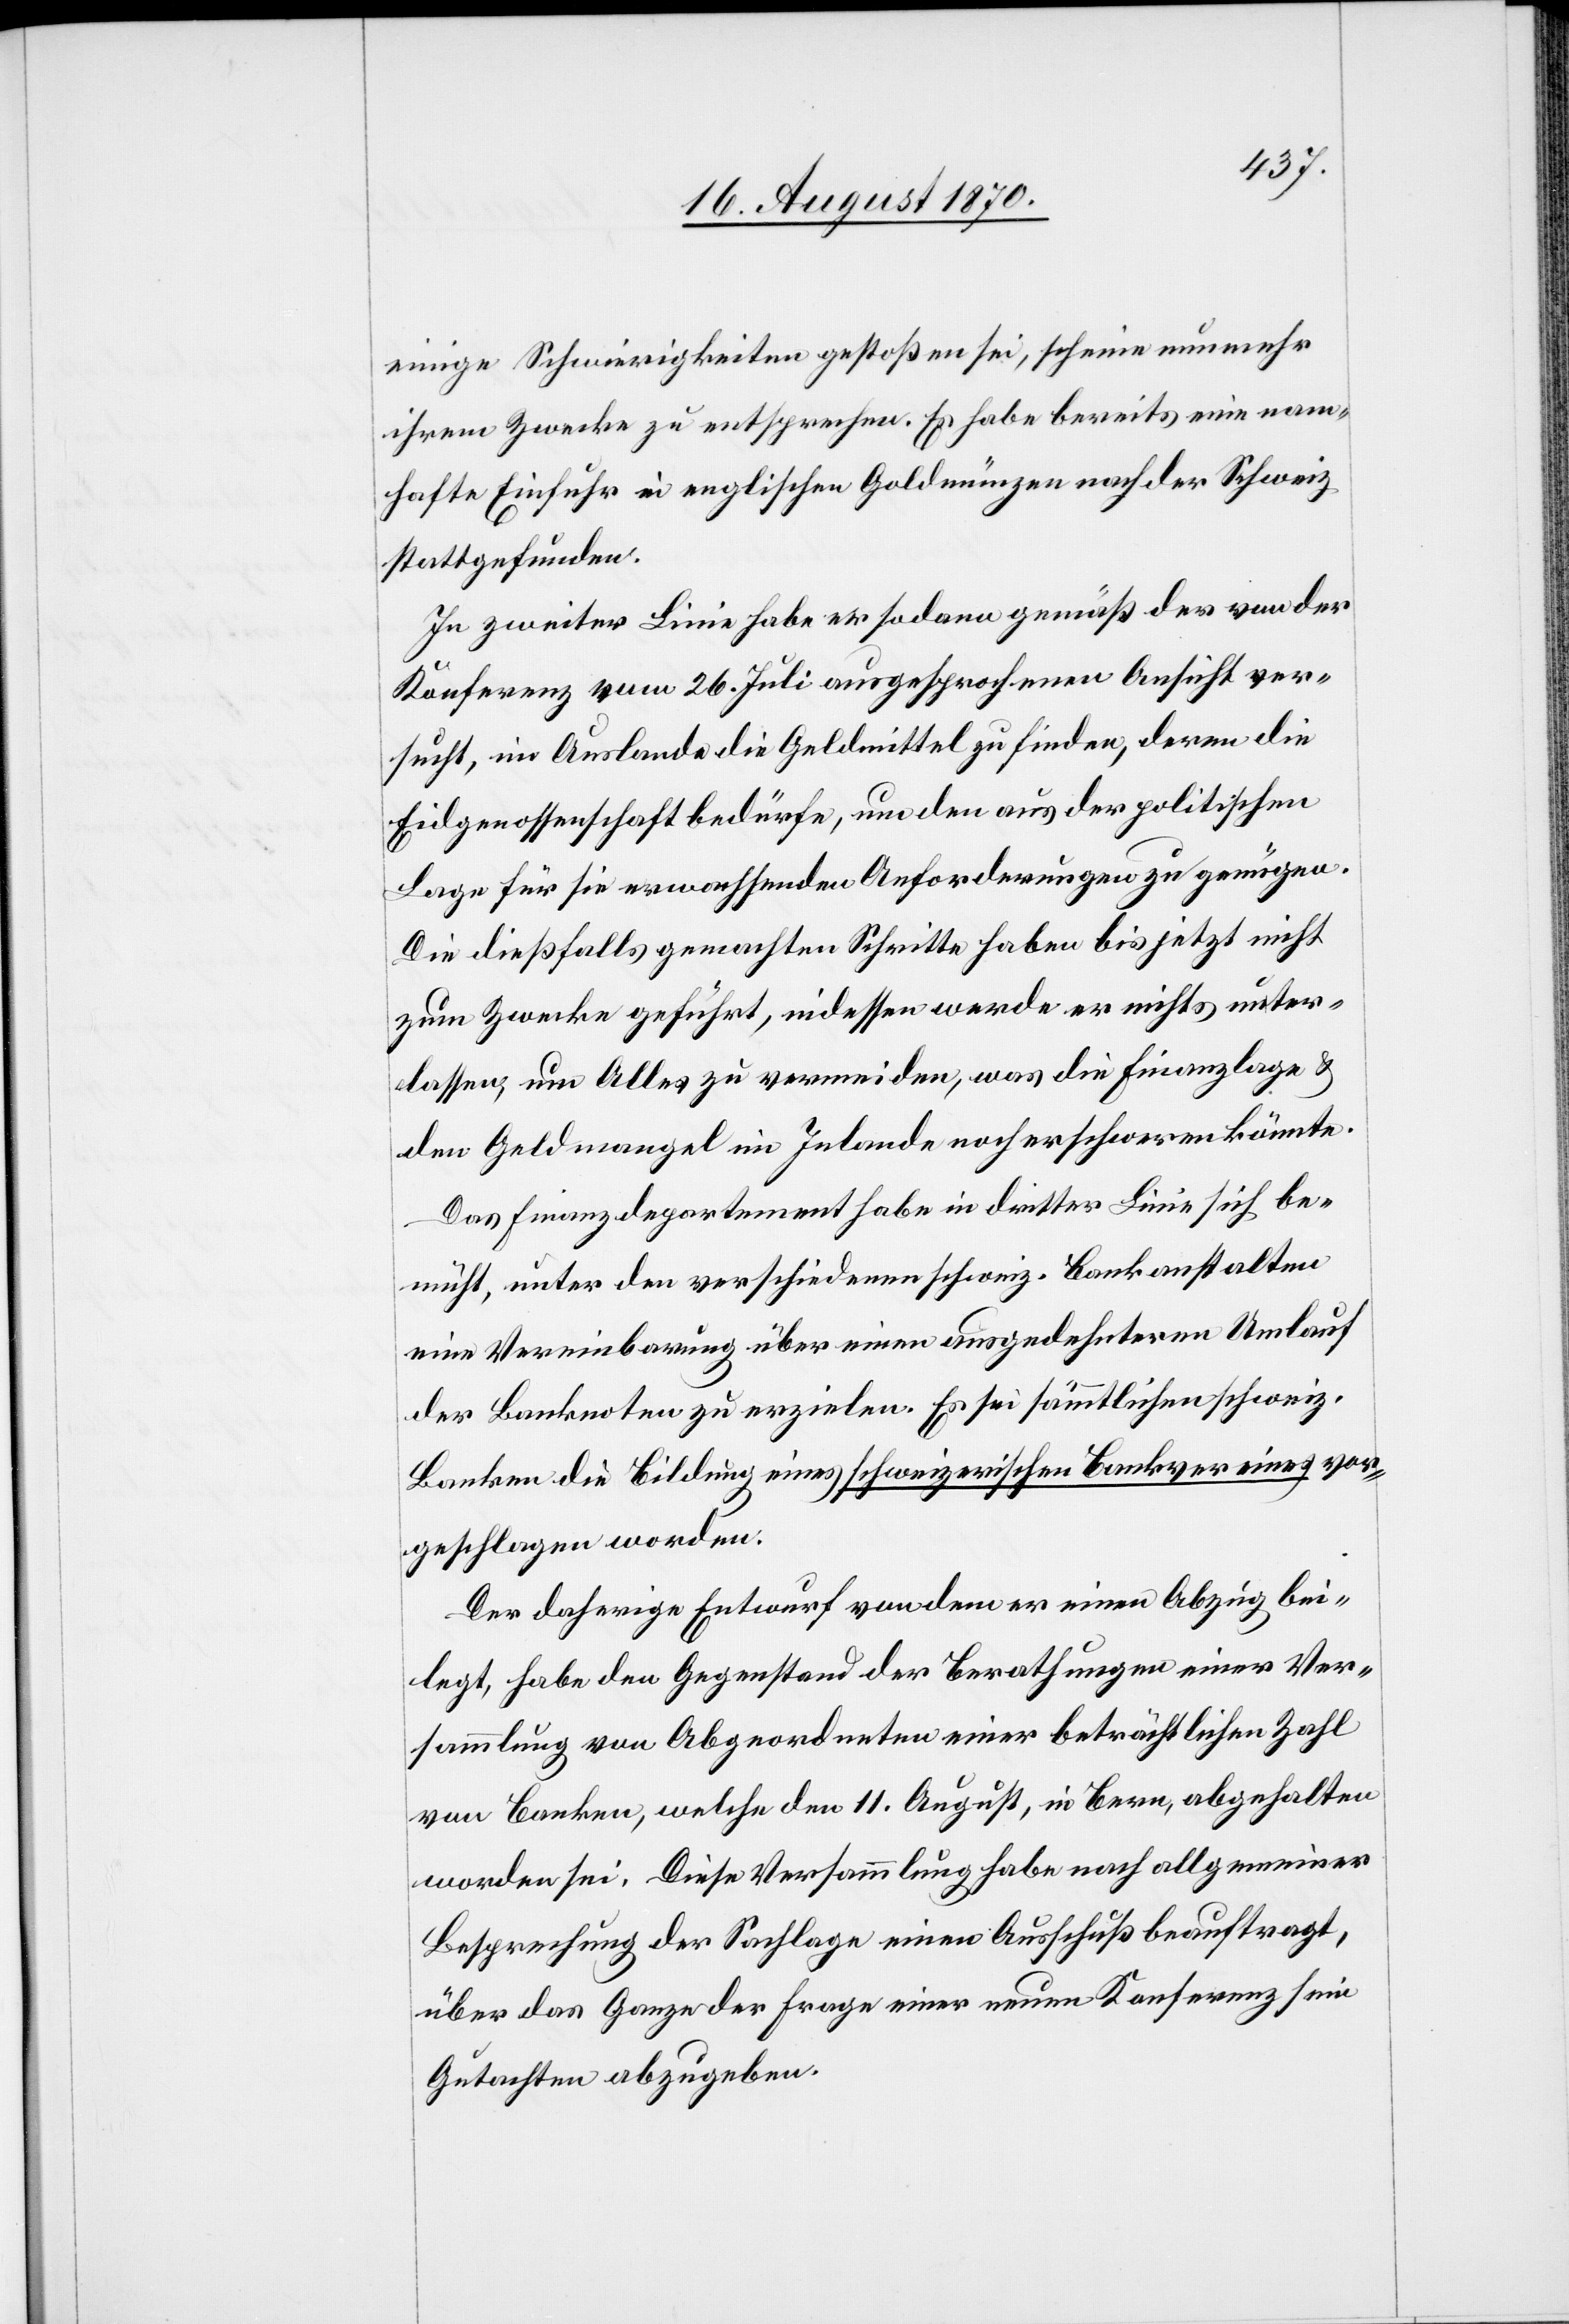
einige Schwierigkeiten gestoßen sei, scheine nunmehr
ihrem Zwecke zu entsprechen. Es habe bereits eine nam¬
hafte Einfuhr in englischen Goldmünzen nach der Schweiz
stattgefunden.
In zweiter Linie habe er sodann gemäß der von der
Konferenz vom 26. Juli ausgesprochenen Ansicht ver¬
sucht, im Auslande die Geldmittel zu finden, deren die
Eidgenossenschaft bedürfe, um den aus der politischen
Lage für sie erwachsenden Anforderungen zu genügen.
Die dießfalls gemachten Schritte haben bis jetzt nicht
zum Zwecke geführt, indessen werde er nicht unter¬
lassen, um Alles zu vermeiden, was die Finanzlage &
den Geldmangel im Inlande noch erschweren könnte.
Das Finanzdepartement habe in dritter Linie sich be¬
müht, unter den verschiedenen schweiz. Bankanstalten
eine Vereinbarung über einen ausgedehnteren Umlauf
der Banknoten zu erzielen. Es sei sämmtlichen schweiz.
Banken die Bildung eines schweizerischen Bankvereines vor¬
geschlagen worden.
Der daherige Entwurf[,] von dem er einen Abzug bei¬
legt, habe den Gegenstand der Berathungen einer Ver¬
sammlung von Abgeordneten einer beträchtlichen Zahl
von Banken, welche den 11. August, in Bern, abgehalten
worden sei. Diese Versammlung habe nach allgemeiner
Besprechung der Sachlage einen Ausschuß beauftragt,
über das Ganze der Frage einer neuen Konferenz sein
Gutachten abzugeben.